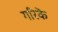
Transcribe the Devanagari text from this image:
गरिकॆ